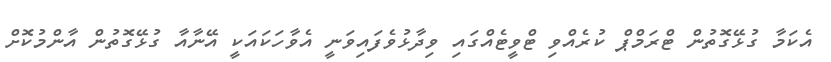
އެކަމާ ގުޅޭގޮތުން ޓްރަމްޕް ކުރެއްވި ޓްވީޓެއްގައި ވިދާޅުވެފައިވަނީ އެވާހަކައަކީ އޭނާއާ ގުޅޭގޮތުން އާންމުކޮށް